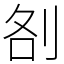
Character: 㓢